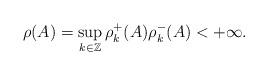
LaTeX: \begin{align*}\rho(A)=\sup\limits_{k\in \mathbb{Z}}\rho_{k}^{+}(A)\rho_{k}^{-}(A)<+\infty.\end{align*}